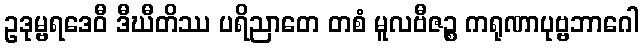
ဥဒုမ္ဗရဒေဝီ ဒီဃီတိဿ ပရိညာတေ တစံ မူလဗီဇဉ္စ ကရုဏာပုဗ္ဗဘာဂေါ